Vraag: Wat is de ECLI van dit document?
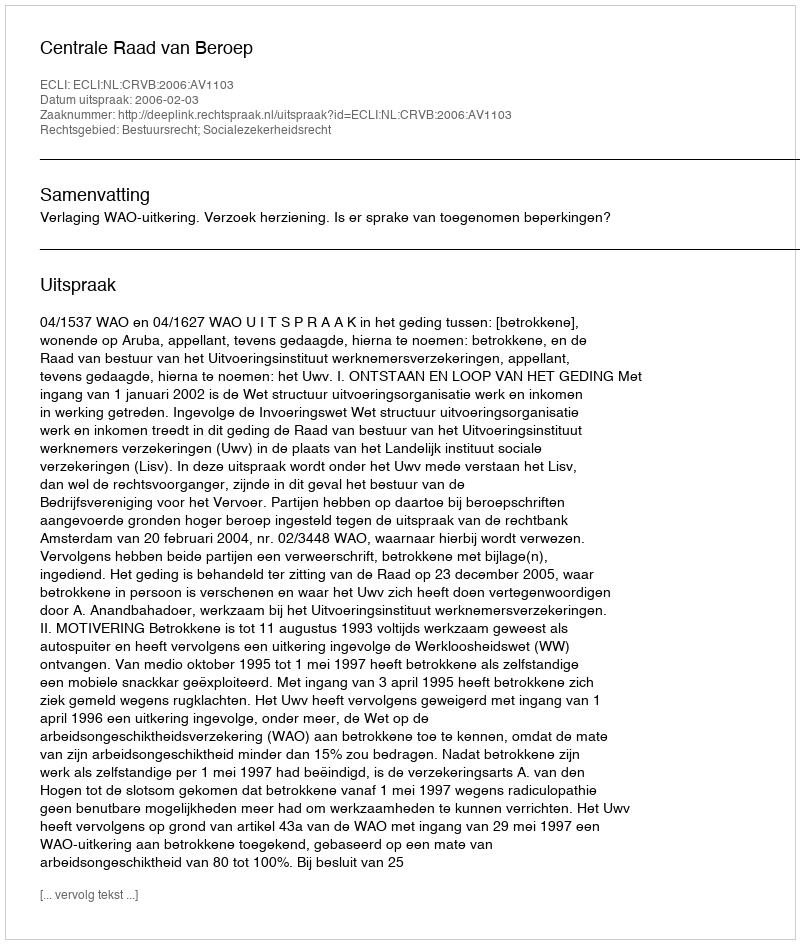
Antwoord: ECLI:NL:CRVB:2006:AV1103